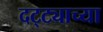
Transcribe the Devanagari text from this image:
दट्ट्याच्या